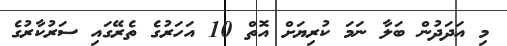
މި އަދަދުން ބަލާ ނަމަ ކުރިޔަށް އޮތް 10 އަހަރުގެ ތެރޭގައި ސަރުކާރުގެ